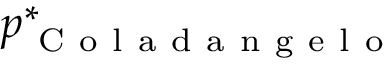
p _ { \mathrm { ~ C ~ o ~ l ~ a ~ d ~ a ~ n ~ g ~ e ~ l ~ o ~ } } ^ { * }